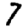
Digit: 7